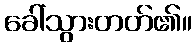
ခေါ်သွားတတ်၏။